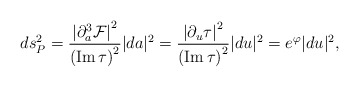
\begin{align*}ds_P^2={\left|{\partial^3_a{\cal F}}\right|^2\over\left({\rm Im}\, \tau\right)^2}|da|^2={\left|\partial_u \tau\right|^2\over\left({\rm Im}\,\tau\right)^2}|du|^2=e^{\varphi} |du|^2,\end{align*}